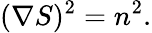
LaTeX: (\nabla S)^{2}=n^{2}.